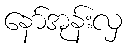
နော်အုန်းလှ